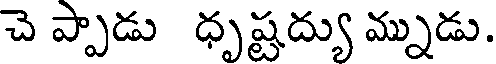
చె ప్పాడు ధృష్టద్యు మ్నుడు.